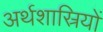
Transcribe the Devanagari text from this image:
अर्थशास्रियों